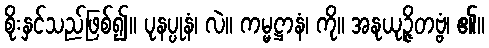
စိုးနှင်သည်ဖြစ်၍။ ပုနပ္ပုနံ၊ လဲ။ ကမ္မဋ္ဌာနံ၊ ကို။ အနုယုဉ္ဇိတဗ္ဗံ၊ ၏။